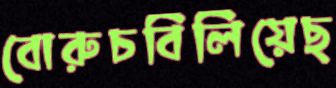
বোরুচবিলিয়েছ